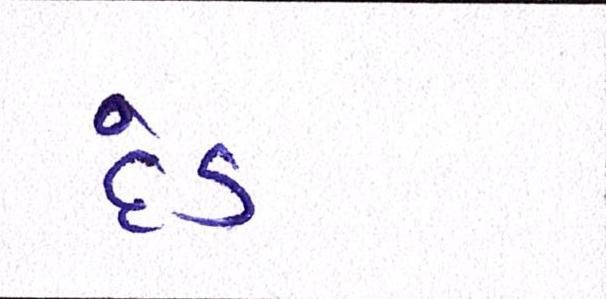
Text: દંડ